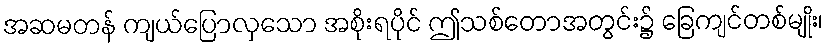
အဆမတန် ကျယ်ပြောလှသော အစိုးရပိုင် ဤသစ်တောအတွင်း၌ ခြေကျင်တစ်မျိုး၊